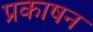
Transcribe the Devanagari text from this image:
प्रकाषन